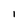
Character: I